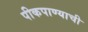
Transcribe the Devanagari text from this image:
पीकपाण्याची